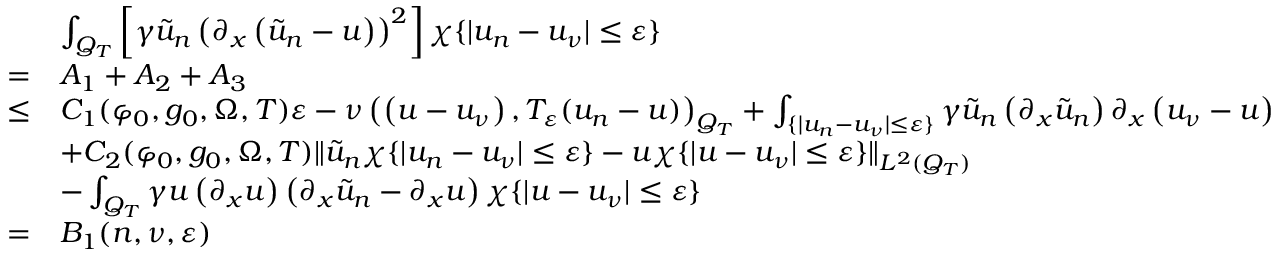
\begin{array} { r l } & { \int _ { Q _ { T } } \left[ \gamma \tilde { u } _ { n } \left( \partial _ { x } \left( \tilde { u } _ { n } - u \right) \right) ^ { 2 } \right] \chi \{ | u _ { n } - u _ { \nu } | \leq \varepsilon \} } \\ { = } & { A _ { 1 } + A _ { 2 } + A _ { 3 } } \\ { \leq } & { C _ { 1 } ( \varphi _ { 0 } , g _ { 0 } , \Omega , T ) \varepsilon - \nu \left( \left( u - u _ { \nu } \right) , T _ { \varepsilon } ( u _ { n } - u ) \right) _ { Q _ { T } } + \int _ { \{ | u _ { n } - u _ { \nu } | \leq \varepsilon \} } \gamma \tilde { u } _ { n } \left( \partial _ { x } \tilde { u } _ { n } \right) \partial _ { x } \left( u _ { \nu } - u \right) } \\ & { + C _ { 2 } ( \varphi _ { 0 } , g _ { 0 } , \Omega , T ) \lVert \tilde { u } _ { n } \chi \{ | u _ { n } - u _ { \nu } | \leq \varepsilon \} - u \chi \{ | u - u _ { \nu } | \leq \varepsilon \} \rVert _ { L ^ { 2 } ( Q _ { T } ) } } \\ & { - \int _ { Q _ { T } } \gamma u \left( \partial _ { x } u \right) \left( \partial _ { x } \tilde { u } _ { n } - \partial _ { x } u \right) \chi \{ | u - u _ { \nu } | \leq \varepsilon \} } \\ { = } & { B _ { 1 } ( n , \nu , \varepsilon ) } \end{array}